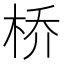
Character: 桥